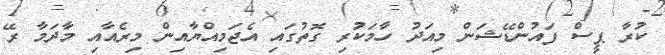
ކުރާ ޕީސް ފައުންޑޭޝަން މިއަދު ހާމަކުރި ގޮތުގައި އެޖަމިއްޔާއިން މިރެއާއި މާދަމާ ރޭ